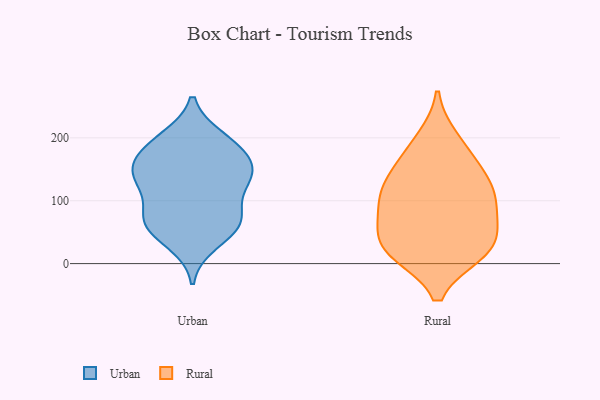
{"axis": {"x": "Shipments", "y": "Value"}, "legend": ["Rural", "Urban"], "data": [{"x": "", "y": 58, "type": "Urban"}, {"x": "", "y": 69, "type": "Urban"}, {"x": "", "y": 118, "type": "Urban"}, {"x": "", "y": 33, "type": "Urban"}, {"x": "", "y": 60, "type": "Urban"}, {"x": "", "y": 188, "type": "Urban"}, {"x": "", "y": 145, "type": "Urban"}, {"x": "", "y": 199, "type": "Urban"}, {"x": "", "y": 77, "type": "Urban"}, {"x": "", "y": 144, "type": "Urban"}, {"x": "", "y": 71, "type": "Urban"}, {"x": "", "y": 193, "type": "Urban"}, {"x": "", "y": 135, "type": "Urban"}, {"x": "", "y": 171, "type": "Urban"}, {"x": "", "y": 155, "type": "Urban"}, {"x": "", "y": 133, "type": "Urban"}, {"x": "", "y": 90, "type": "Rural"}, {"x": "", "y": 197, "type": "Rural"}, {"x": "", "y": 122, "type": "Rural"}, {"x": "", "y": 27, "type": "Rural"}, {"x": "", "y": 173, "type": "Rural"}, {"x": "", "y": 125, "type": "Rural"}, {"x": "", "y": 20, "type": "Rural"}, {"x": "", "y": 18, "type": "Rural"}, {"x": "", "y": 76, "type": "Rural"}, {"x": "", "y": 98, "type": "Rural"}, {"x": "", "y": 50, "type": "Rural"}, {"x": "", "y": 23, "type": "Rural"}, {"x": "", "y": 142, "type": "Rural"}]}